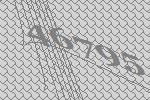
46795